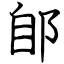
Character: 郋